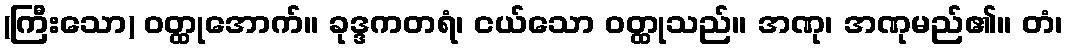
(ကြီးသော) ဝတ္ထုအောက်။ ခုဒ္ဒကတရံ၊ ငယ်သော ဝတ္ထုသည်။ အဏု၊ အဏုမည်၏။ တံ၊